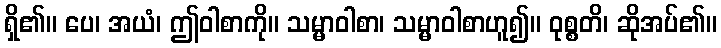
ရှိ၏။ ပေ၊ အယံ၊ ဤဝါစာကို။ သမ္မာဝါစာ၊ သမ္မာဝါစာဟူ၍။ ဝုစ္စတိ၊ ဆိုအပ်၏။